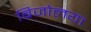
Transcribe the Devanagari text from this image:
बिजोलया